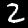
Digit: 2